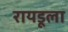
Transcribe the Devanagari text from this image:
रायडूला